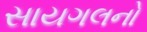
સાયગલનો